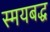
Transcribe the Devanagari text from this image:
स्मयबद्ध